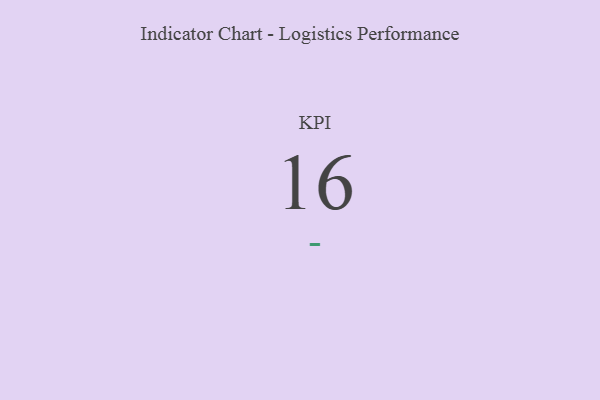
{"axis": {"x": "KPI", "y": "Value"}, "legend": [""], "data": [{"x": "KPI", "y": 16, "type": ""}]}